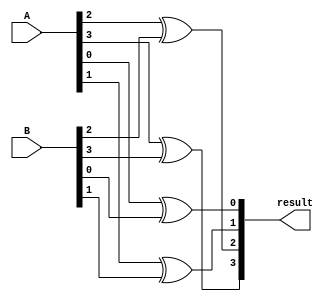
module Structural_Subtractor (
  input [3:0] A, // 4-bit input for the first binary number
  input [3:0] B, // 4-bit input for the second binary number
  output reg [3:0] result // 4-bit output for the subtraction result
);

// XOR gates to perform subtraction
assign result[0] = A[0] ^ B[0];
assign result[1] = A[1] ^ B[1];
assign result[2] = A[2] ^ B[2];
assign result[3] = A[3] ^ B[3];

endmodule